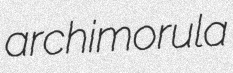
archimorula